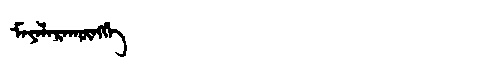
Manchu: ᠮᠠᠶᠠᠯᠠᡵᠠᡴᡡᠩᡤᡝ
Romanization: MAYALARAKŪNGGE